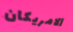
الامريكان